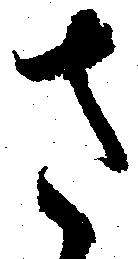
さ